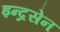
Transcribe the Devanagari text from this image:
इन्द्रसेन